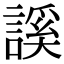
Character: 謑